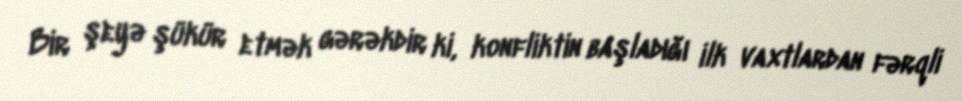
Bir şeyə şükür etmək gərəkdir ki, konfliktin başladığı ilk vaxtlardan fərqli